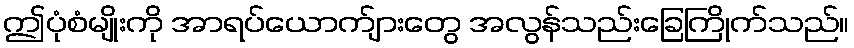
ဤပုံစံမျိုးကို အာရပ်ယောက်ျားတွေ အလွန်သည်းခြေကြိုက်သည်။